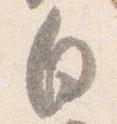
白